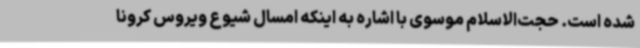
شده است. حجت‌الاسلام موسوی با اشاره به اینکه امسال شیوع ویروس کرونا